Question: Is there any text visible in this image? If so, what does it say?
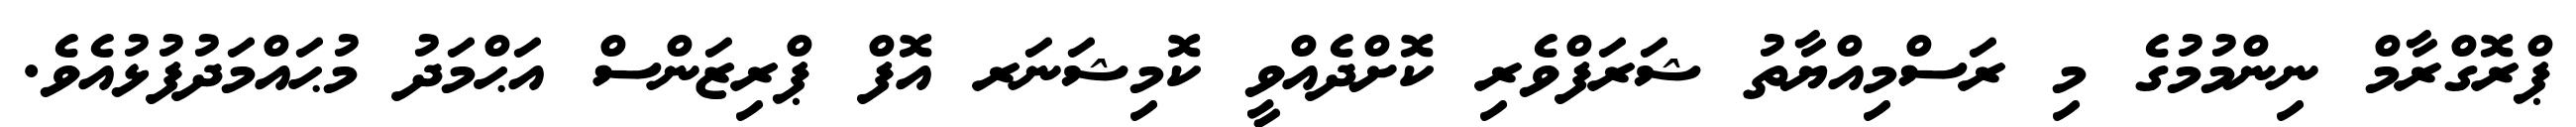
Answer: ޕްރޮގްރާމް ނިންމުމުގެ މި ރަސްމިއްޔާތު ޝަރަފްވެރި ކޮށްދެއްވީ ކޮމިޝަނަރ އޮފް ޕްރިޒަންސް އަޙްމަދު މުޙައްމަދުފުޅުއެވެ.